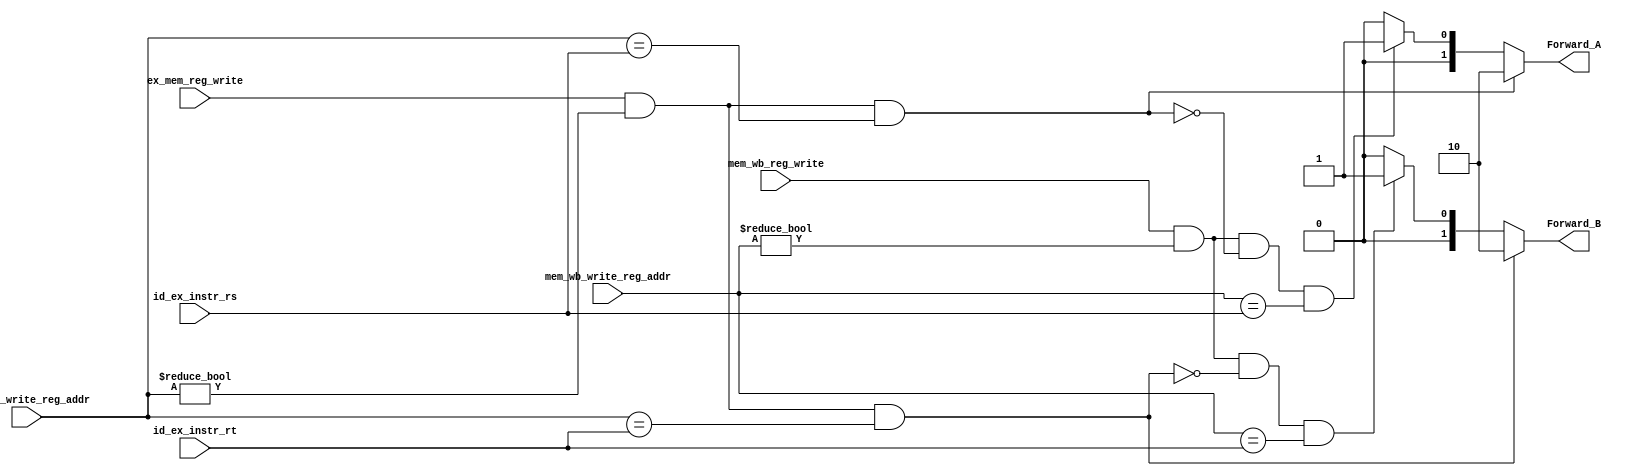
module EX_Forwarding_unit(
    input ex_mem_reg_write,
    input [4:0] ex_mem_write_reg_addr,
    input [4:0] id_ex_instr_rs,
    input [4:0] id_ex_instr_rt,
    input mem_wb_reg_write,
    input [4:0] mem_wb_write_reg_addr,
    output reg [1:0] Forward_A,
    output reg [1:0] Forward_B
    );
    
    always @(*)  
    begin
    	// Write your code here that calculates the values of Forward_A and Forward_B
        if ((ex_mem_reg_write == 1'b1) & (ex_mem_write_reg_addr != 5'b00000) & (ex_mem_write_reg_addr == id_ex_instr_rs)) begin
            Forward_A = 2'b10;
        end
        
        else if ((mem_wb_reg_write == 1'b1) & (mem_wb_write_reg_addr != 5'b00000) & ~((ex_mem_reg_write == 1'b1)& (ex_mem_write_reg_addr != 5'b00000) 
        & (ex_mem_write_reg_addr == id_ex_instr_rs)) & (mem_wb_write_reg_addr == id_ex_instr_rs)) begin
            Forward_A = 2'b01;
        end
        
        else begin
            Forward_A = 2'b00;
        end
        
        if ((ex_mem_reg_write == 1'b1) & (ex_mem_write_reg_addr != 5'b00000) & (ex_mem_write_reg_addr == id_ex_instr_rt)) begin
            Forward_B = 2'b10;
        end
        else if ((mem_wb_reg_write == 1'b1) & (mem_wb_write_reg_addr != 5'b00000) & ~((ex_mem_reg_write == 1'b1) & (ex_mem_write_reg_addr != 5'b00000) 
        & (ex_mem_write_reg_addr == id_ex_instr_rt)) & (mem_wb_write_reg_addr == id_ex_instr_rt)) begin
            Forward_B = 2'b01;
        end
        
        else begin
            Forward_B = 2'b00;
        end
        
    end 

endmodule